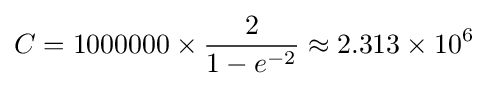
C=1000000\times {\frac {2}{1-e^{-2}}}\approx 2.313\times 10^{6}